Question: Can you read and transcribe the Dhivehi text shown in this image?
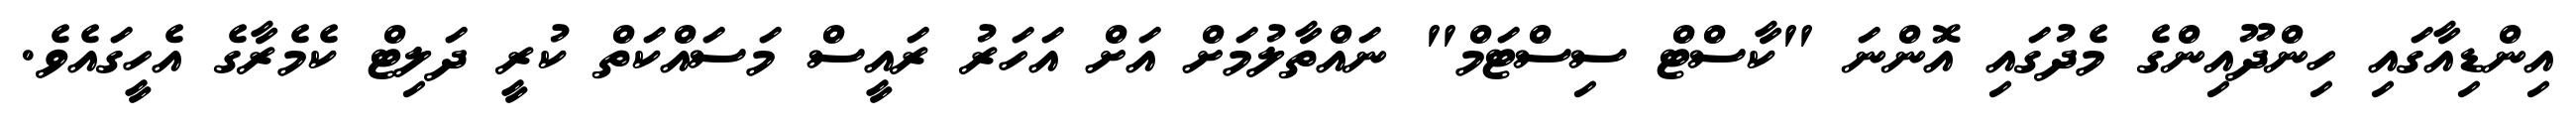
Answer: އިންޑިއާގައި ހިންދޫއިންގެ މެދުގައި އޮންނަ "ކާސްޓް ސިސްޓަމް" ނައްތާލުމަށް އަށް އަހަރު ރައީސް މަސައްކަތް ކުރީ ދަލިޓް ކެމެރާގެ އެހީގައެވެ.